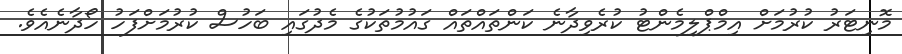
މޮނިޓަރު ކުރުމަށް އިމްޕްލިމެންޓު ކުރެވިދާނެ ކަންތައްތައް ގައުމުތަކުގެ މެދުގައި ބަހުސް ކުރުމަށްފަހު ހޯދާނެއެވެ.